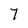
Character: 7